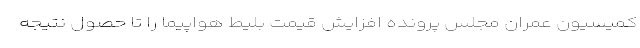
کمیسیون عمران مجلس پرونده افزایش قیمت بلیط هواپیما را تا حصول نتیجه